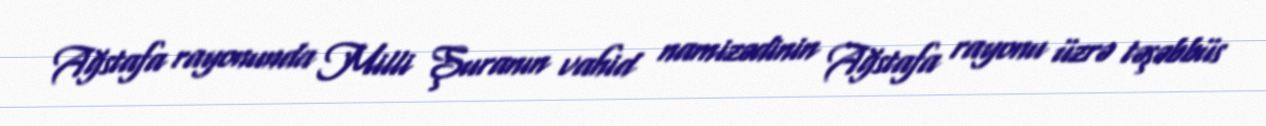
Ağstafa rayonunda Milli Şuranın vahid namizədinin Ağstafa rayonu üzrə təşəbbüs